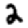
Digit: 2